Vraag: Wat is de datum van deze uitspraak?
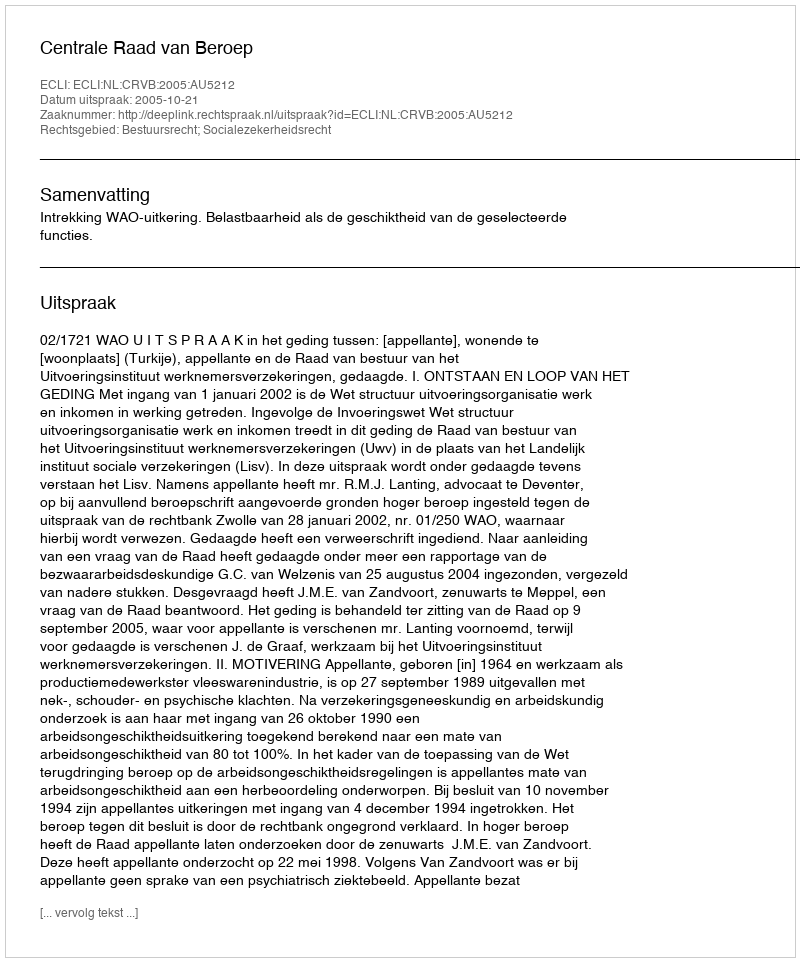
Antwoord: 2005-10-21